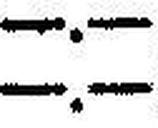
—.—